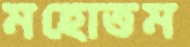
মহোত্তম